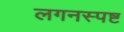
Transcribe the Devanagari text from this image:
लगनस्पष्ट